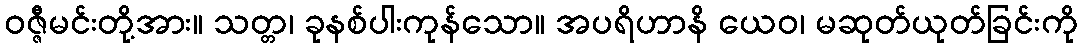
ဝဇ္ဇီမင်းတို့အား။ သတ္တ၊ ခုနစ်ပါးကုန်သော။ အပရိဟာနိ ယေဝ၊ မဆုတ်ယုတ်ခြင်းကို